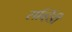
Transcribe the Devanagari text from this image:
सर्व्हिडी